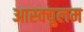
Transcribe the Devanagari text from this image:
आस्क्युलम